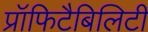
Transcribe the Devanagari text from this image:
प्रॉफिटैबिलिटी